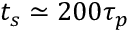
t _ { s } \simeq 2 0 0 \tau _ { p }